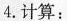
4.计算：